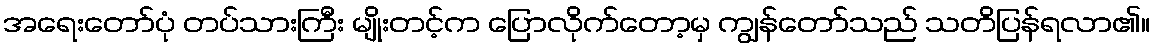
အရေးတော်ပုံ တပ်သားကြီး မျိုးတင့်က ပြောလိုက်တော့မှ ကျွန်တော်သည် သတိပြန်ရလာ၏။